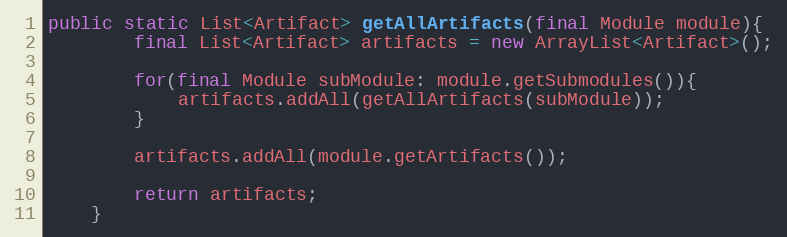
Language: Java
public static List<Artifact> getAllArtifacts(final Module module){
        final List<Artifact> artifacts = new ArrayList<Artifact>();

        for(final Module subModule: module.getSubmodules()){
            artifacts.addAll(getAllArtifacts(subModule));
        }

        artifacts.addAll(module.getArtifacts());

        return artifacts;
    }